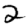
Digit: 2